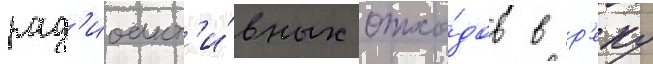
рад'иоакт'и́вных отхо́дов в р'еку